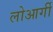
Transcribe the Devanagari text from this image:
लोआर्गी